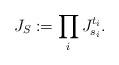
LaTeX: \begin{align*}J_S := \prod_i J_{s_i}^{t_i}.\end{align*}